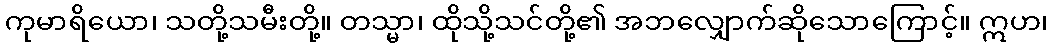
ကုမာရိယော၊ သတို့သမီးတို့။ တသ္မာ၊ ထိုသို့သင်တို့၏ အဘလျှောက်ဆိုသောကြောင့်။ ဣဟ၊